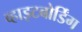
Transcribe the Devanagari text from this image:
व्हाइटबोर्डिंग